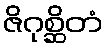
ဇိဂုစ္ဆိတံ